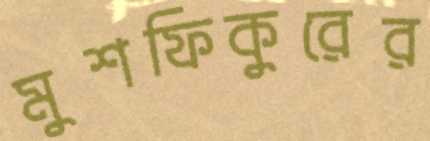
মুশফিকুরের